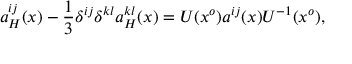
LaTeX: a _ { H } ^ { i j } ( x ) - \frac { 1 } { 3 } \delta ^ { i j } \delta ^ { k l } a _ { H } ^ { k l } ( x ) = U ( x ^ { o } ) a ^ { i j } ( x ) U ^ { - 1 } ( x ^ { o } ) ,